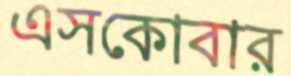
এসকোবার